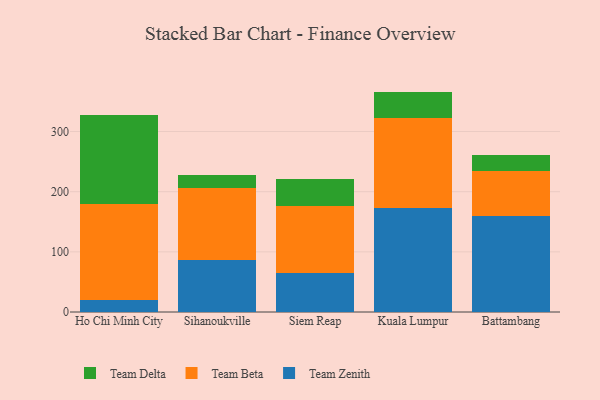
{"axis": {"x": "City", "y": "Headcount"}, "legend": ["Team Beta", "Team Delta", "Team Zenith"], "data": [{"x": "Ho Chi Minh City", "y": 19.2, "type": "Team Zenith"}, {"x": "Ho Chi Minh City", "y": 160.8, "type": "Team Beta"}, {"x": "Ho Chi Minh City", "y": 148.3, "type": "Team Delta"}, {"x": "Sihanoukville", "y": 86.3, "type": "Team Zenith"}, {"x": "Sihanoukville", "y": 119.9, "type": "Team Beta"}, {"x": "Sihanoukville", "y": 21.5, "type": "Team Delta"}, {"x": "Siem Reap", "y": 65.2, "type": "Team Zenith"}, {"x": "Siem Reap", "y": 111.8, "type": "Team Beta"}, {"x": "Siem Reap", "y": 44.5, "type": "Team Delta"}, {"x": "Kuala Lumpur", "y": 172.8, "type": "Team Zenith"}, {"x": "Kuala Lumpur", "y": 149.6, "type": "Team Beta"}, {"x": "Kuala Lumpur", "y": 44.0, "type": "Team Delta"}, {"x": "Battambang", "y": 160.3, "type": "Team Zenith"}, {"x": "Battambang", "y": 74.1, "type": "Team Beta"}, {"x": "Battambang", "y": 26.1, "type": "Team Delta"}]}